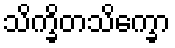
သိက္ခိတသိက္ခော